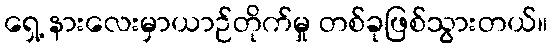
ရှေ့ နားလေးမှာယာဉ်တိုက်မှု တစ်ခုဖြစ်သွားတယ်။